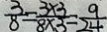
\frac { 3 } { 8 } = \frac { 3 \times 3 } { 8 \times 3 } = \frac { 9 } { 2 4 }